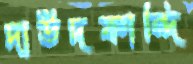
দাউদকান্দি